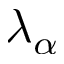
\lambda _ { \alpha }